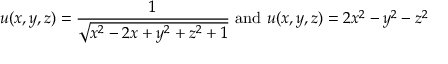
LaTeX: u ( x , y , z ) = { \frac { 1 } { \sqrt { x ^ { 2 } - 2 x + y ^ { 2 } + z ^ { 2 } + 1 } } } { \mathrm { ~ a n d ~ } } u ( x , y , z ) = 2 x ^ { 2 } - y ^ { 2 } - z ^ { 2 }